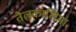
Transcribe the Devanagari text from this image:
तैलकालिमा